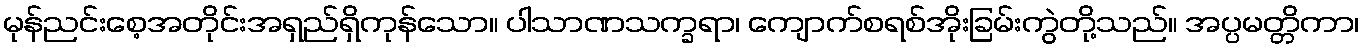
မုန်ညင်းစေ့အတိုင်းအရှည်ရှိကုန်သော။ ပါသာဏသက္ခရာ၊ ကျောက်စရစ်အိုးခြမ်းကွဲတို့သည်။ အပ္ပမတ္တိကာ၊